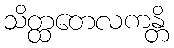
သိတ္ထတေလကန္တိ